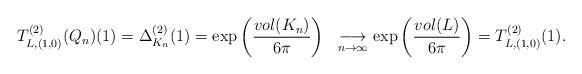
LaTeX: \begin{align*} T^{(2)}_{L,(1,0)}(Q_n)(1) = \Delta^{(2)}_{K_n}(1) &= \exp\left (\dfrac{vol(K_n)}{6 \pi}\right ) &\underset{n \to \infty}{\longrightarrow}\exp\left (\dfrac{vol(L)}{6 \pi}\right ) = T^{(2)}_{L,(1,0)}(1).\end{align*}